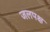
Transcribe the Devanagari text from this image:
जलपक्ष